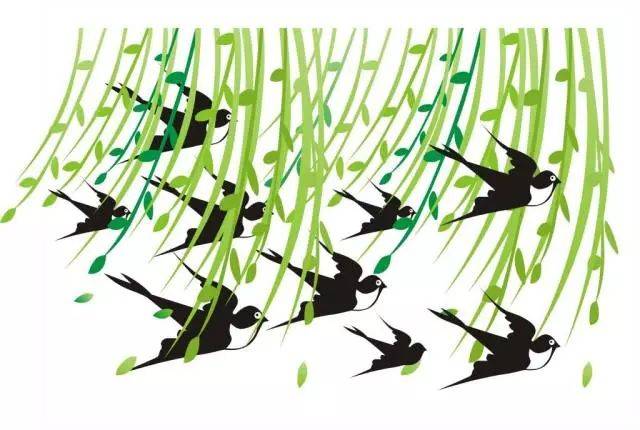
燕子衔将春色去，纱窗几阵黄梅雨。